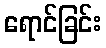
ရောင်ခြင်း